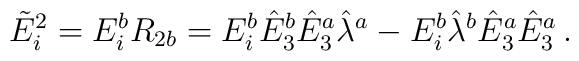
\tilde{E}_i^2=E_i^bR_{2b}=E_i^b\hat{E}_3^b\hat{E}_3^a\hat{\lambda}^a-    E_i^b\hat{\lambda}^b\hat{E}_3^a\hat{E}_3^a\,.